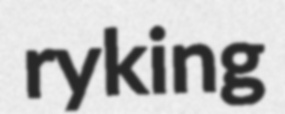
ryking